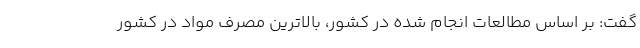
گفت: بر اساس مطالعات انجام شده در کشور، بالاترین مصرف مواد در کشور